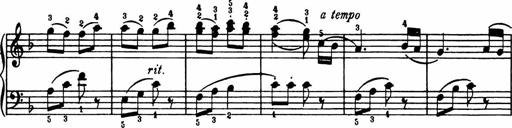
Title: Analytical Sonatinas
Composer: Frank Lynes